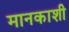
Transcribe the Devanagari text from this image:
मानकाशी